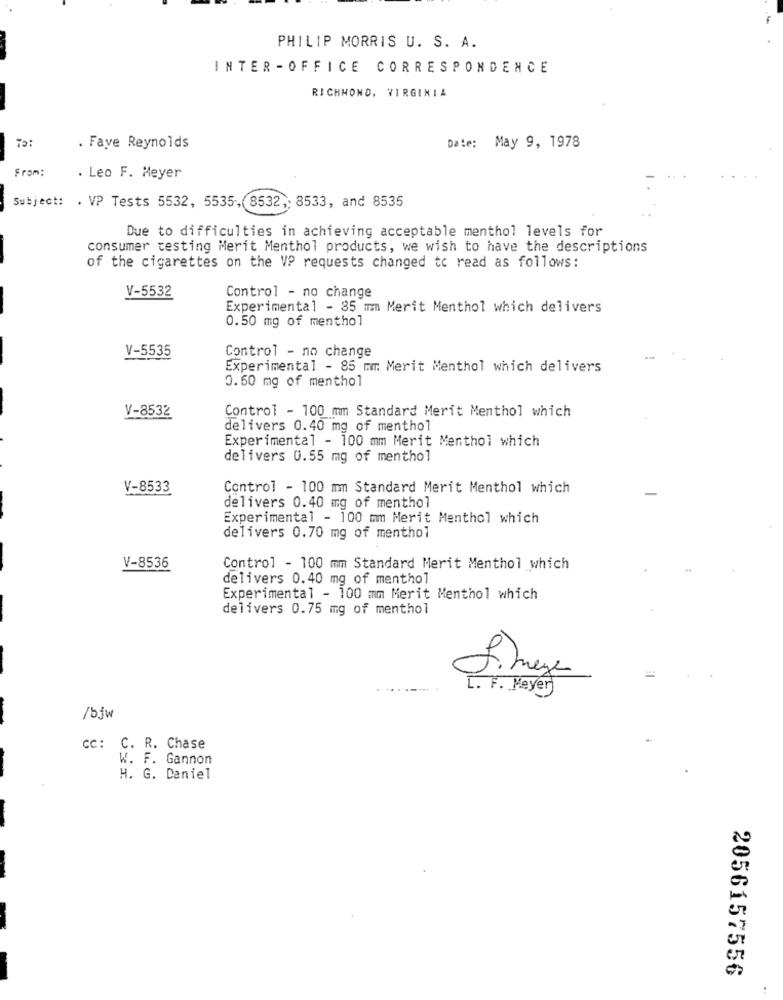
PHILIP MORRIS U. S. A.
INTER -OFFICE CORRESPONDENCE
RICHMOND, VIRGINIA
To:
. Fave Reynolds
Date: May 9, 1978
From:
. Leo F. Meyer
Subject: . VP Tests 5532, 5535, 8532 ,; 8533, and 8535
Due to difficulties in achieving acceptable menthol levels for
consumer testing Merit Menthol products, we wish to have the descriptions
of the cigarettes on the VP requests changed to read as follows:
V-5532
Control - no change
Experimental - 85 mm Merit Menthol which delivers
0.50 mg of menthol
V-5535
Control - no change
Experimental - 85 mm Merit Menthol which delivers
0.60 mg of menthol
Control - 100 mm Standard Merit Menthol which
V-8532
delivers 0.40 mg of menthol
Experimental - 100 mm Merit Menthol which
delivers 0.55 mg of menthol
V-8533
Control - 100 mmm Standard Merit Menthol which
delivers 0.40 mg of menthol
Experimental - 100 mm Merit Menthol which
delivers 0.70 mg of menthol
V-8536
Control - 100 mm Standard Merit Menthol which
delivers 0.40 mg of menthol
Experimental - 100 mm Merit Menthol which
delivers 0.75 mg of menthol
L. F. Meyer
/bjw
CC: C. R. Chase
W. F. Gannon
H. G. Daniel
2056157556